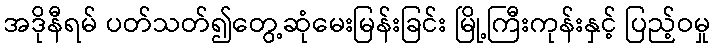
အဒိုနီရမ် ပတ်သတ်၍တွေ့ဆုံမေးမြန်းခြင်း မြို့ကြီးကုန်းနှင့် ပြည့်ဝမှု